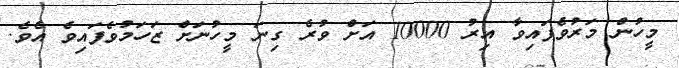
މީހުން މަރުވެފައިވާ އިރު 10000 އަށް ވުރެ ގިނަ މީހުނަށް ޒަހަމުވެފައިވެ އެވެ.